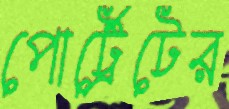
পোর্ট্রেটের